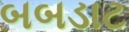
બબડાટ